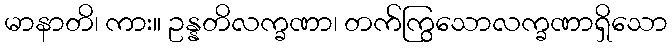
မာနာတိ၊ ကား။ ဥန္နတိလက္ခဏာ၊ တက်ကြွသောလက္ခဏာရှိသော